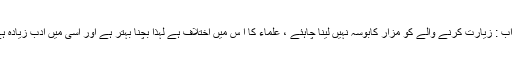
جواب : زیارت کرنے والے کو مزار کابوسہ نہیں لینا چاہئے ، علماء کا ا س میں اختلاف ہے لہٰذا بچنا بہتر ہے اور اسی میں ادب زیادہ ہے ۔